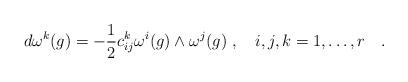
LaTeX: \begin{align*}d\omega^k(g)=-\frac{1}{2}c_{ij}^k \omega^i(g) \wedge \omega^j(g)\; , \quad i,j,k=1,\ldots,r \quad .\end{align*}